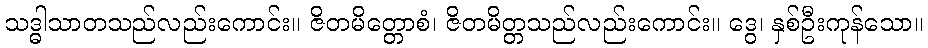
သဒ္ဓါသာတသည်လည်းကောင်း။ ဇိတမိတ္တောစံ၊ ဇိတမိတ္တသည်လည်းကောင်း။ ဒွေ၊ နှစ်ဦးကုန်သော။